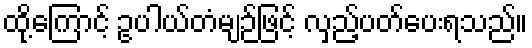
ထို့ကြောင့် ဥပါယ်တံမျဉ်ဖြင့် လှည့်ပတ်ပေးရသည်။